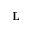
\mathbf { L }